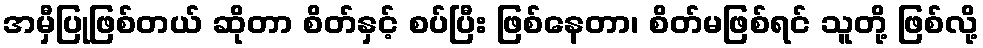
အမှီပြုဖြစ်တယ် ဆိုတာ စိတ်နှင့် စပ်ပြီး ဖြစ်နေတာ၊ စိတ်မဖြစ်ရင် သူတို့ ဖြစ်လို့